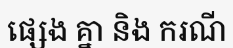
ផ្សេង គ្នា និង ករណី